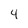
Character: 4